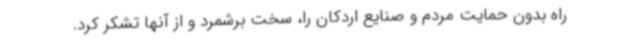
راه بدون حمایت مردم و صنایع اردکان را، سخت برشمرد و از آنها تشکر کرد.